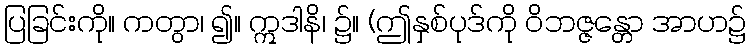
ပြခြင်းကို။ ကတွာ၊ ၍။ ဣဒါနိ၊ ၌။ (ဤနှစ်ပုဒ်ကို ဝိဘဇ္ဇန္တော အာဟ၌